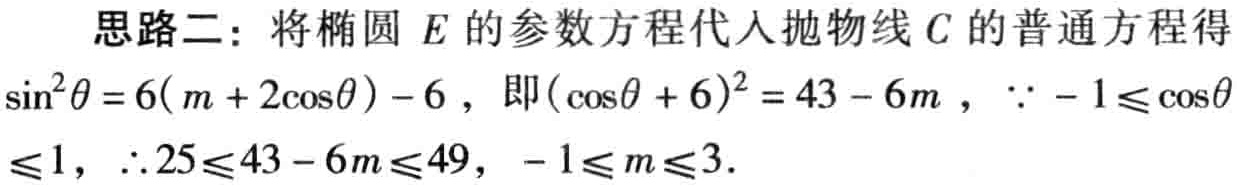
思路二：将椭圆 \(E\) 的参数方程代入抛物线 \(C\) 的普通方程得
\(\sin^{2}\theta = 6(m + 2\cos\theta)-6\)，即\((\cos\theta + 6)^{2}=43 - 6m\)，\(\because - 1\leqslant\cos\theta\)
\(\leqslant1\)，\(\therefore 25\leqslant43 - 6m\leqslant49\)，\(-1\leqslant m\leqslant3\).